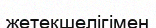
жетекшелігімен